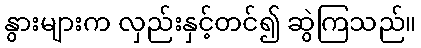
နွားများက လှည်းနှင့်တင်၍ ဆွဲကြသည်။